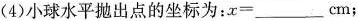
(4)小球水平抛出点的坐标为：x=___cm；